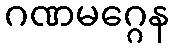
ဂဏမဂ္ဂေန